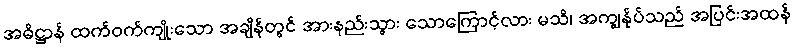
အဓိဋ္ဌာန် ထက်ဝက်ကျိုးသော အချိန်တွင် အားနည်းသွား သောကြောင့်လား မသိ၊ အကျွန်ုပ်သည် အပြင်းအထန်